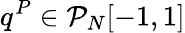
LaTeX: q^{P}\in\mathcal{P}_{N}[-1,1]